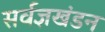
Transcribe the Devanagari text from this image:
सर्वज्ञखंडन